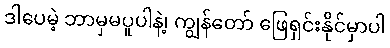
ဒါပေမဲ့ ဘာမှမပူပါနဲ့၊ ကျွန်တော် ဖြေရှင်းနိုင်မှာပါ